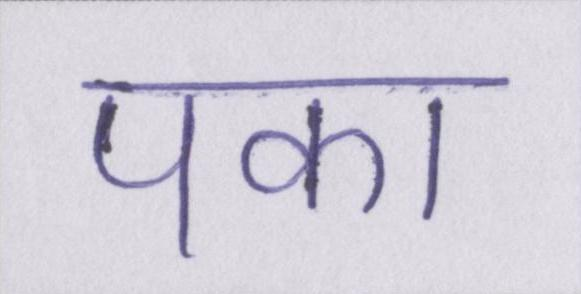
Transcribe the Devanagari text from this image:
पका